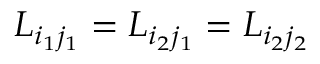
{ \cal L } _ { i _ { 1 } j _ { 1 } } = { \cal L } _ { i _ { 2 } j _ { 1 } } = { \cal L } _ { i _ { 2 } j _ { 2 } }